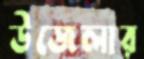
উজেলার